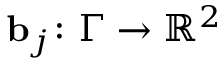
\mathbf { b } _ { j } \colon \Gamma \to \ensuremath { \mathbb { R } } ^ { 2 }